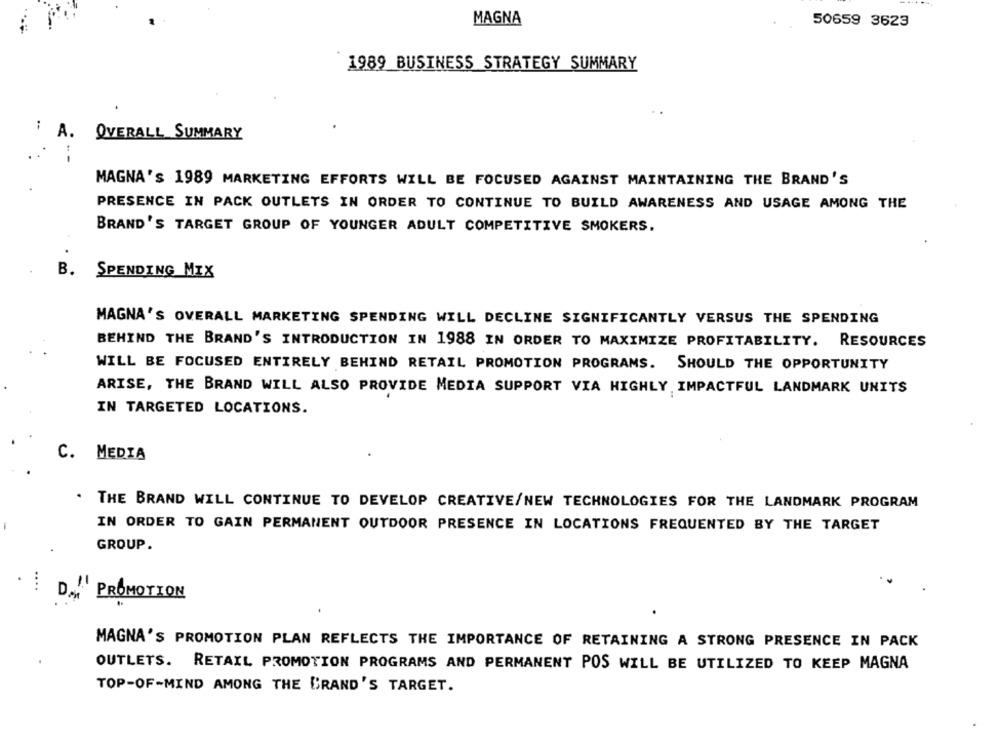
MAGNA
50659 3623
1989 BUSINESS STRATEGY SUMMARY
A.
OVERALL SUMMARY
--
MAGNA's 1989 MARKETING EFFORTS WILL BE FOCUSED AGAINST MAINTAINING THE BRAND'S
PRESENCE IN PACK OUTLETS IN ORDER TO CONTINUE TO BUILD AWARENESS AND USAGE AMONG THE
BRAND'S TARGET GROUP OF YOUNGER ADULT COMPETITIVE SMOKERS.
B.
SPENDING MIX
MAGNA'S OVERALL MARKETING SPENDING WILL DECLINE SIGNIFICANTLY VERSUS THE SPENDING
BEHIND THE BRAND'S INTRODUCTION IN 1988 IN ORDER TO MAXIMIZE PROFITABILITY. RESOURCES
WILL BE FOCUSED ENTIRELY BEHIND RETAIL PROMOTION PROGRAMS. SHOULD THE OPPORTUNITY
ARISE, THE BRAND WILL ALSO PROVIDE MEDIA SUPPORT VIA HIGHLY, IMPACTFUL LANDMARK UNITS
IN TARGETED LOCATIONS.
C. MEDIA
THE BRAND WILL CONTINUE TO DEVELOP CREATIVE/NEW TECHNOLOGIES FOR THE LANDMARK PROGRAM
IN ORDER TO GAIN PERMANENT OUTDOOR PRESENCE IN LOCATIONS FREQUENTED BY THE TARGET
GROUP.
...
PROMOTION
MAGNA'S PROMOTION PLAN REFLECTS THE IMPORTANCE OF RETAINING A STRONG PRESENCE IN PACK
OUTLETS. RETAIL PROMOTION PROGRAMS AND PERMANENT POS WILL BE UTILIZED TO KEEP MAGNA
TOP-OF-MIND AMONG THE BRAND'S TARGET.